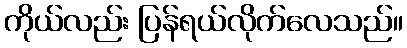
ကိုယ်လည်း ပြန်ရယ်လိုက်လေသည်။